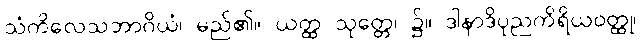
သံကိလေသဘာဂိယံ၊ မည်၏။ ယတ္ထ သုတ္တေ၊ ၌။ ဒါနာဒိပုညကိရိယဝတ္ထု၊